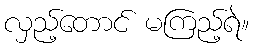
လှည့်တောင် မကြည့်ရဲ။